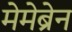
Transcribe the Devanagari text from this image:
मेमेब्रेन